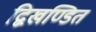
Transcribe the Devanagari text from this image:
द्विखण्डित